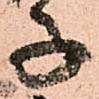
子